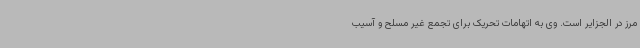
مرز در الجزایر است. وی به اتهامات تحریک برای تجمع غیر مسلح و آسیب